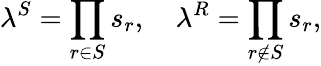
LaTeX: \lambda^{S}=\prod_{r\in S}s_{r},\quad\lambda^{R}=\prod_{r\notin S}s_{r},